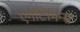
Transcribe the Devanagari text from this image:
एर्गोटैमिन्स